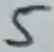
Text: 5